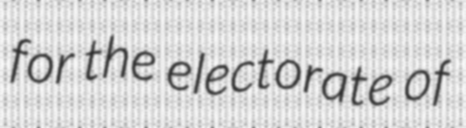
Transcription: for the electorate of